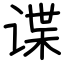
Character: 谍